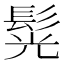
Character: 𩭂